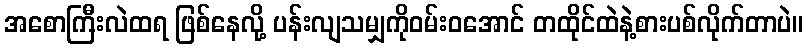
အစောကြီးလဲထရ ဖြစ်နေလို့ ပန်းလျသမျှကိုဝမ်းဝအောင် တထိုင်ထဲနဲ့စားပစ်လိုက်တာပဲ။